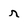
Character: r